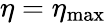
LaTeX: \eta=\eta_{\mathrm{max}}